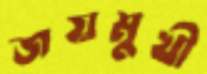
জয়মুখী